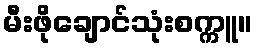
မီးဖိုချောင်သုံးစက္ကူ။